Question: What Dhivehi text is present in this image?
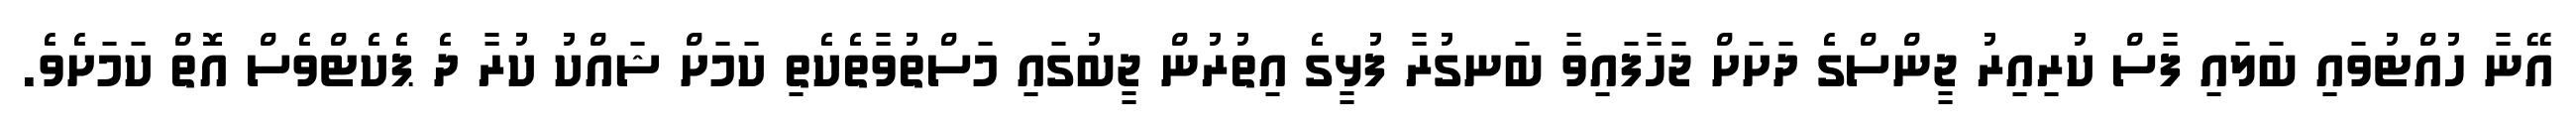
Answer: އޭނާ ހުއްޓުވައި ބަލައި ފާސް ކުރިއިރު ޖީންސްގެ ދަށަށް ޖަހާފައިވާ ބަނގުރާ ފުޅީގެ އިތުރުން ޖީބުގައި މަސްތުވާތެކެތި ކަމަށް ޝައްކު ކުރާ ދެ ޕެކެޓްވެސް އޮތް ކަމަށެވެ.